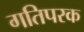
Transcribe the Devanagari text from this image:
गतिपरक